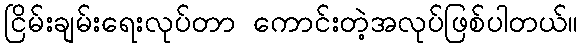
ငြိမ်းချမ်းရေးလုပ်တာ ကောင်းတဲ့အလုပ်ဖြစ်ပါတယ်။